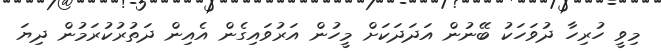
މިވީ ހުރިހާ ދުވަހަކު ބޭނުން އަދަދަކަށް މީހުން އަރުވައިގެން އެއިން ދަތުރުކުރަމުން ދިޔަ